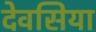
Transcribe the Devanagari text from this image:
देवसिया